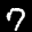
Label: 7